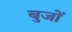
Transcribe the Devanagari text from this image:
बुजों